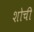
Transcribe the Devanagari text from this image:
शोची